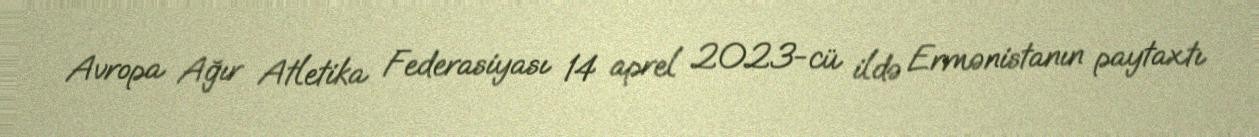
Avropa Ağır Atletika Federasiyası 14 aprel 2023-cü ildə Ermənistanın paytaxtı